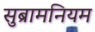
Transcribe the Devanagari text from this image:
सुब्रामनियम